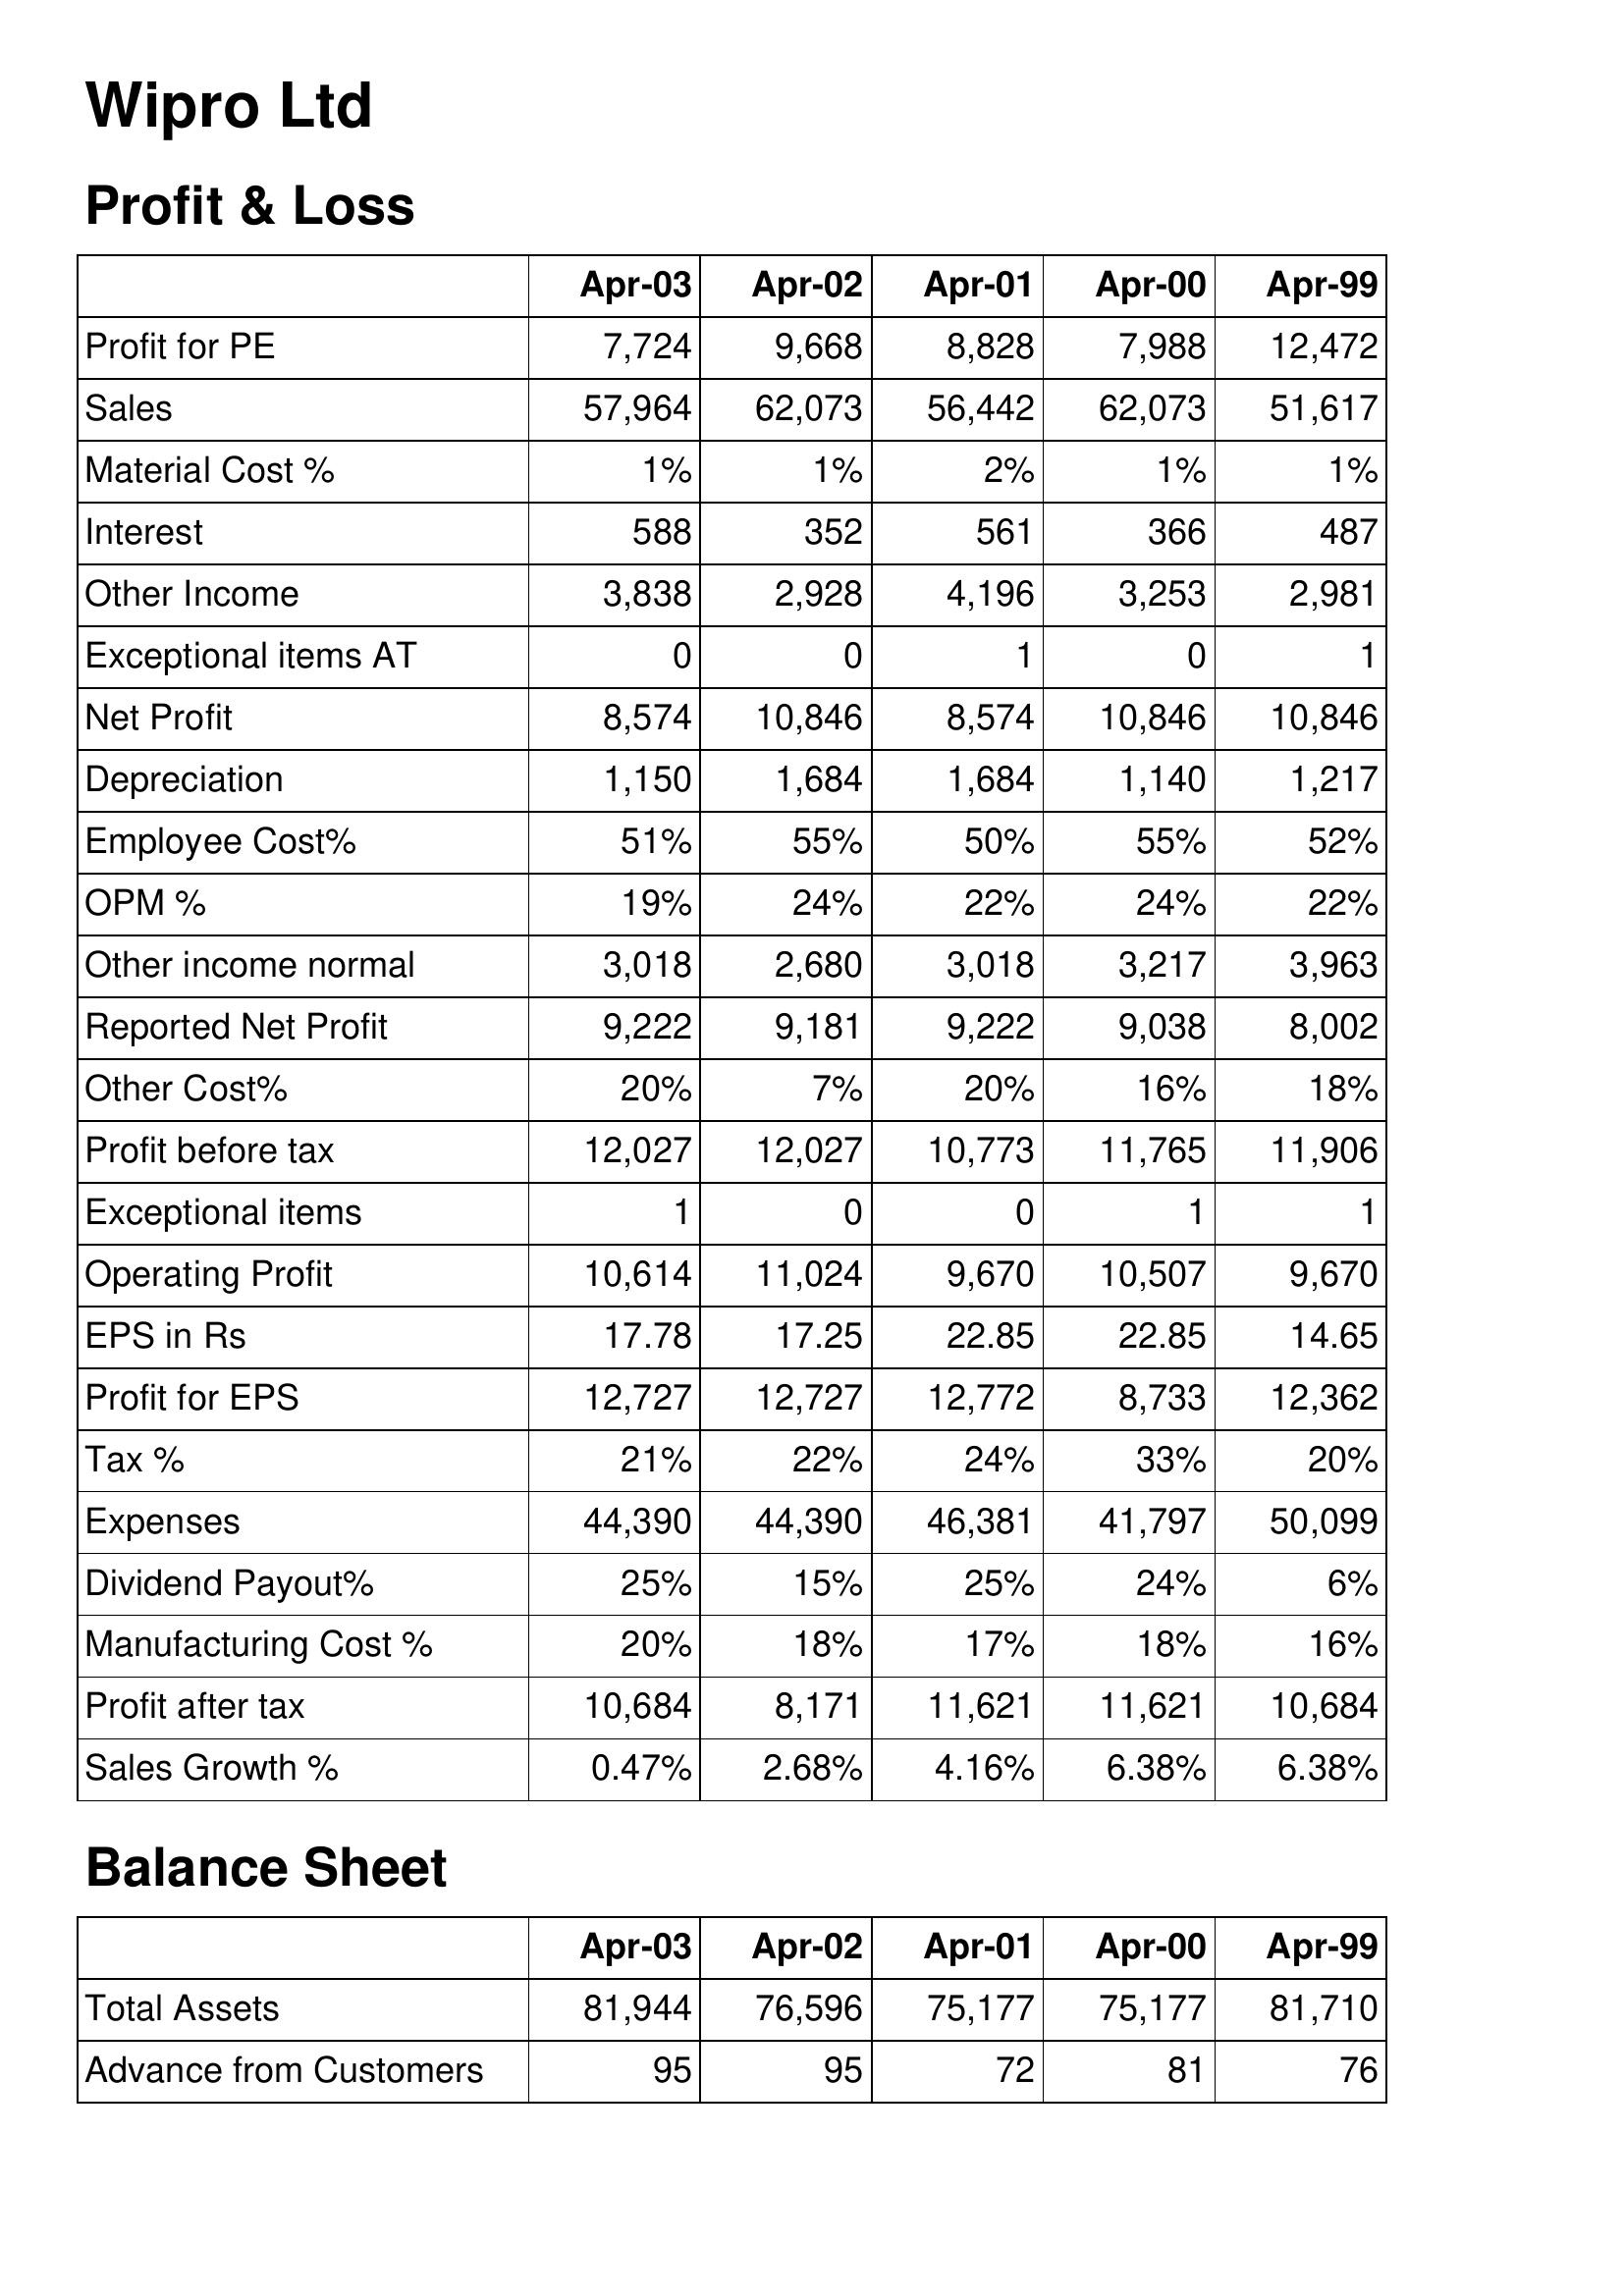
Apr-03: Profit & Loss: Profit for PE: 7,724
Sales: 57,964
Material Cost %: 1%
Interest: 588
Other Income: 3,838
Exceptional items AT: 0
Net Profit: 8,574
Depreciation: 1,150
Employee Cost%: 51%
OPM %: 19%
Other income normal: 3,018
Reported Net Profit: 9,222
Other Cost%: 20%
Profit before tax: 12,027
Exceptional items: 1
Operating Profit: 10,614
EPS in Rs: 17.78
Profit for EPS: 12,727
Tax %: 21%
Expenses: 44,390
Dividend Payout%: 25%
Manufacturing Cost %: 20%
Profit after tax: 10,684
Sales Growth %: 0.47%
Balance Sheet: Total Assets: 81,944
Advance from Customers: 95
Apr-02: Profit & Loss: Profit for PE: 9,668
Sales: 62,073
Material Cost %: 1%
Interest: 352
Other Income: 2,928
Exceptional items AT: 0
Net Profit: 10,846
Depreciation: 1,684
Employee Cost%: 55%
OPM %: 24%
Other income normal: 2,680
Reported Net Profit: 9,181
Other Cost%: 7%
Profit before tax: 12,027
Exceptional items: 0
Operating Profit: 11,024
EPS in Rs: 17.25
Profit for EPS: 12,727
Tax %: 22%
Expenses: 44,390
Dividend Payout%: 15%
Manufacturing Cost %: 18%
Profit after tax: 8,171
Sales Growth %: 2.68%
Balance Sheet: Total Assets: 76,596
Advance from Customers: 95
Apr-01: Profit & Loss: Profit for PE: 8,828
Sales: 56,442
Material Cost %: 2%
Interest: 561
Other Income: 4,196
Exceptional items AT: 1
Net Profit: 8,574
Depreciation: 1,684
Employee Cost%: 50%
OPM %: 22%
Other income normal: 3,018
Reported Net Profit: 9,222
Other Cost%: 20%
Profit before tax: 10,773
Exceptional items: 0
Operating Profit: 9,670
EPS in Rs: 22.85
Profit for EPS: 12,772
Tax %: 24%
Expenses: 46,381
Dividend Payout%: 25%
Manufacturing Cost %: 17%
Profit after tax: 11,621
Sales Growth %: 4.16%
Balance Sheet: Total Assets: 75,177
Advance from Customers: 72
Apr-00: Profit & Loss: Profit for PE: 7,988
Sales: 62,073
Material Cost %: 1%
Interest: 366
Other Income: 3,253
Exceptional items AT: 0
Net Profit: 10,846
Depreciation: 1,140
Employee Cost%: 55%
OPM %: 24%
Other income normal: 3,217
Reported Net Profit: 9,038
Other Cost%: 16%
Profit before tax: 11,765
Exceptional items: 1
Operating Profit: 10,507
EPS in Rs: 22.85
Profit for EPS: 8,733
Tax %: 33%
Expenses: 41,797
Dividend Payout%: 24%
Manufacturing Cost %: 18%
Profit after tax: 11,621
Sales Growth %: 6.38%
Balance Sheet: Total Assets: 75,177
Advance from Customers: 81
Apr-99: Profit & Loss: Profit for PE: 12,472
Sales: 51,617
Material Cost %: 1%
Interest: 487
Other Income: 2,981
Exceptional items AT: 1
Net Profit: 10,846
Depreciation: 1,217
Employee Cost%: 52%
OPM %: 22%
Other income normal: 3,963
Reported Net Profit: 8,002
Other Cost%: 18%
Profit before tax: 11,906
Exceptional items: 1
Operating Profit: 9,670
EPS in Rs: 14.65
Profit for EPS: 12,362
Tax %: 20%
Expenses: 50,099
Dividend Payout%: 6%
Manufacturing Cost %: 16%
Profit after tax: 10,684
Sales Growth %: 6.38%
Balance Sheet: Total Assets: 81,710
Advance from Customers: 76